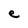
Character: e